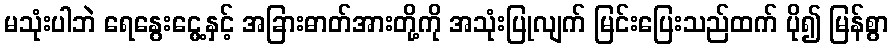
မသုံးပါဘဲ ရေနွေးငွေ့နှင့် အခြားဓာတ်အားတို့ကို အသုံးပြုလျက် မြင်းပြေးသည်ထက် ပို၍ မြန်စွာ